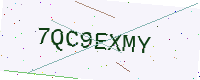
Text: 7QC9EXMY